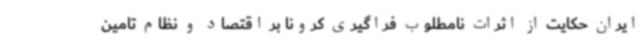
ایران حکایت از اثرات نامطلوب فراگیری کرونا بر اقتصاد و نظام تامین